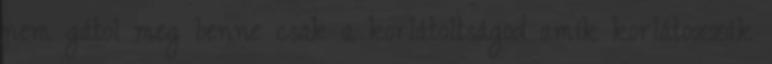
nem gátol meg benne csak a korlátoltságod amik korlátozzák